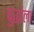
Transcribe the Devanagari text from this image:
बुद्धांला